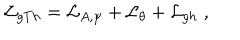
{ \cal L } _ { g T h } = { \cal L } _ { A , \psi } + { \cal L } _ { \theta } + { \cal L } _ { g h } \; ,